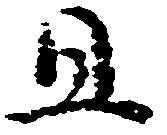
且